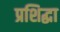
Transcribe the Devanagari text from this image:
प्रशिद्धा